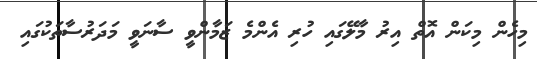
މިހެން މިކަން އޮތް އިރު މާލޭގައި ހުރި އެންމެ ޒަމާންވީ ސާނަވީ މަދަރުސާތަކުގައި